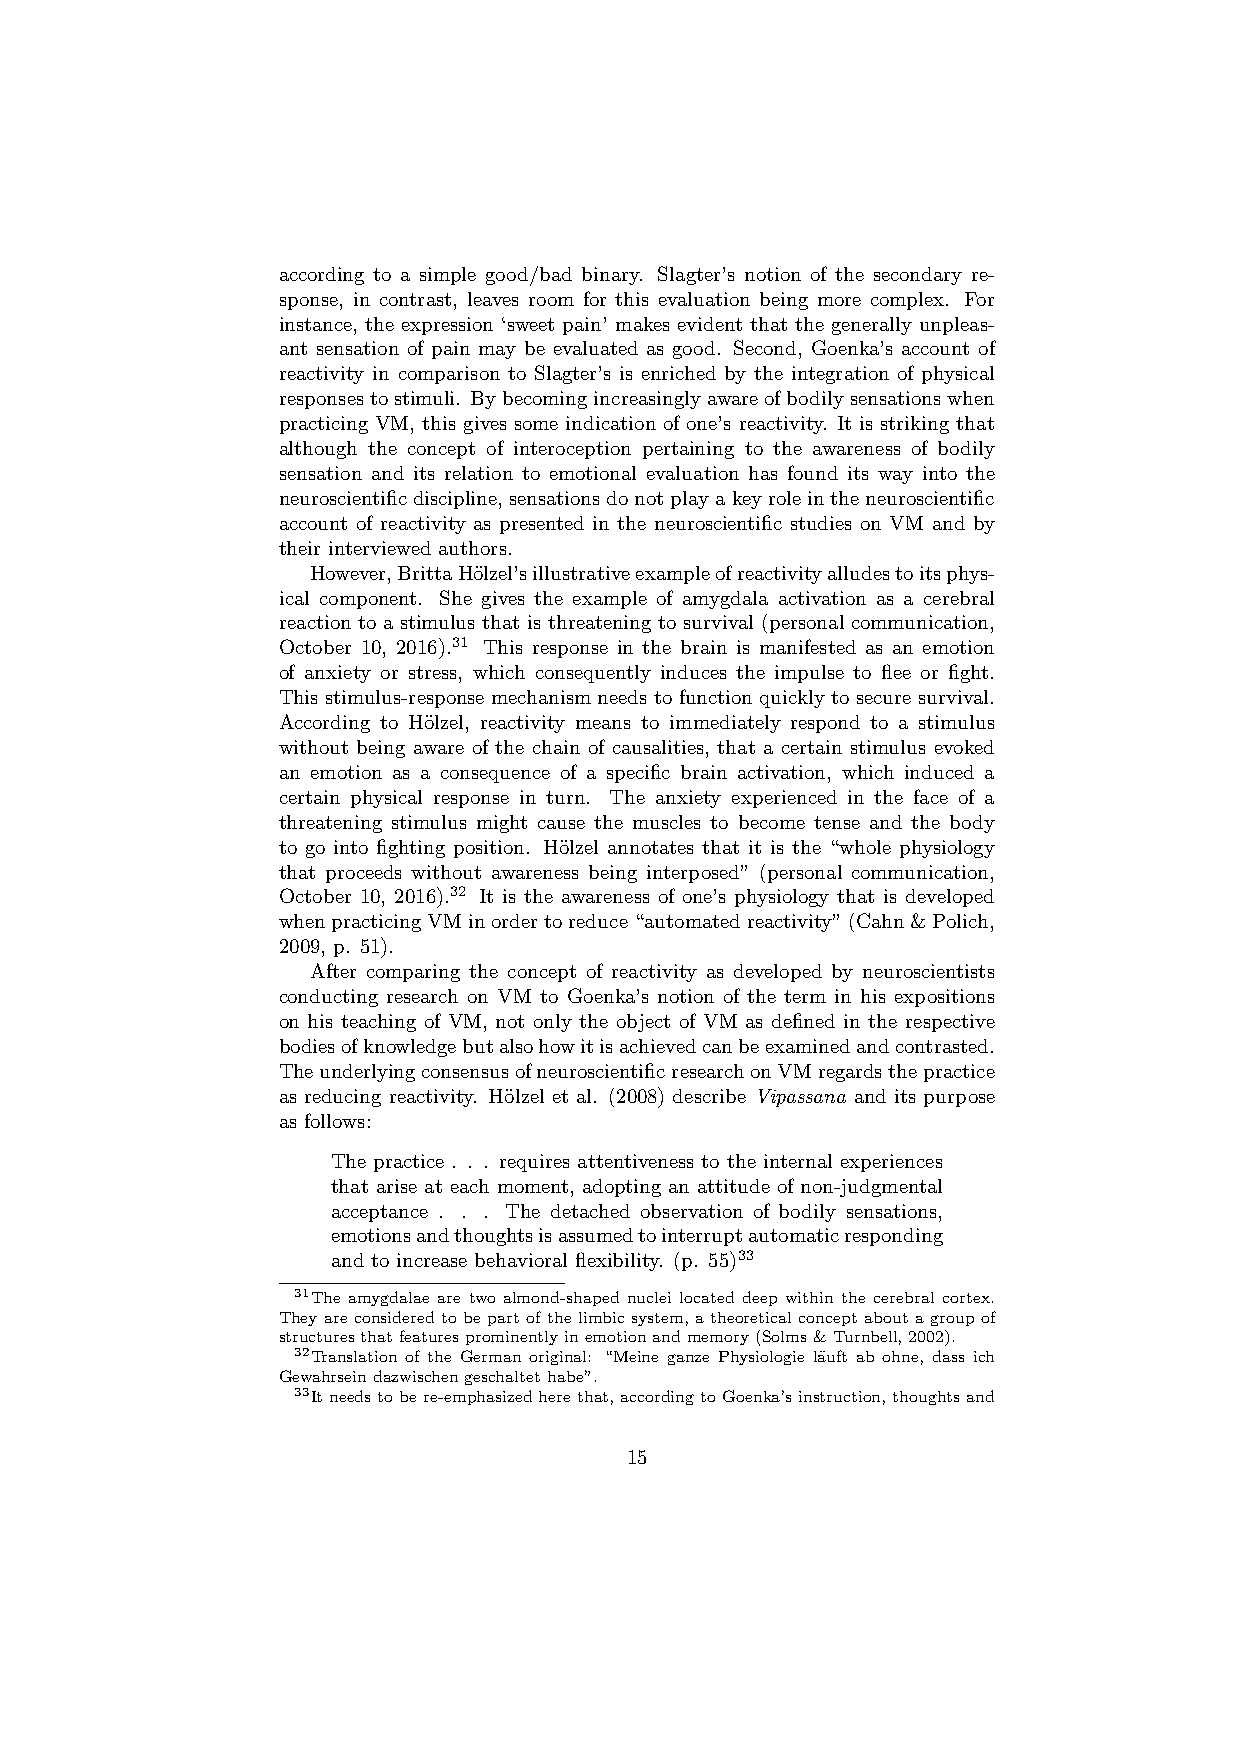
according to a simple good/bad binary. Slagter’s notion of the secondary re-
 sponse, in contrast, leaves room for this evaluation being more complex. For
 instance, the expression ‘sweet pain’ makes evident that the generally unpleas-
 ant sensation of pain may be evaluated as good. Second, Goenka’s account of
 reactivity in comparison to Slagter’s is enriched by the integration of physical
 responsestostimuli. Bybecomingincreasinglyawareofbodilysensationswhen
 practicing VM, this gives some indication of one’s reactivity. It is striking that
 although the concept of interoception pertaining to the awareness of bodily
 sensation and its relation to emotional evaluation has found its way into the
 neuroscientificdiscipline,sensationsdonotplayakeyroleintheneuroscientific
 account of reactivity as presented in the neuroscientific studies on VM and by
 their interviewed authors.
 However,BrittaH¨olzel’sillustrativeexampleofreactivityalludestoitsphys-
 ical component. She gives the example of amygdala activation as a cerebral
 reaction to a stimulus that is threatening to survival (personal communication,
 October 10, 2016).31 This response in the brain is manifested as an emotion
 of anxiety or stress, which consequently induces the impulse to flee or fight.
 This stimulus-response mechanism needs to function quickly to secure survival.
 According to H¨olzel, reactivity means to immediately respond to a stimulus
 without being aware of the chain of causalities, that a certain stimulus evoked
 an emotion as a consequence of a specific brain activation, which induced a
 certain physical response in turn. The anxiety experienced in the face of a
 threatening stimulus might cause the muscles to become tense and the body
 to go into fighting position. H¨olzel annotates that it is the “whole physiology
 that proceeds without awareness being interposed” (personal communication,
 October 10, 2016).32 It is the awareness of one’s physiology that is developed
 whenpracticingVMinordertoreduce“automatedreactivity”(Cahn&Polich,
 2009, p. 51).
 After comparing the concept of reactivity as developed by neuroscientists
 conducting research on VM to Goenka’s notion of the term in his expositions
 on his teaching of VM, not only the object of VM as defined in the respective
 bodiesofknowledgebutalsohowitisachievedcanbeexaminedandcontrasted.
 TheunderlyingconsensusofneuroscientificresearchonVMregardsthepractice
 as reducing reactivity. H¨olzel et al. (2008) describe Vipassana and its purpose
 as follows:
 The practice . . . requires attentiveness to the internal experiences
 that arise at each moment, adopting an attitude of non-judgmental
 acceptance . . . The detached observation of bodily sensations,
 emotionsandthoughtsisassumedtointerruptautomaticresponding
 and to increase behavioral flexibility. (p. 55)33
 31The amygdalae are two almond-shaped nuclei located deep within the cerebral cortex.
 They are considered to be part of the limbic system, a theoretical concept about a group of
 structuresthatfeaturesprominentlyinemotionandmemory(Solms&Turnbell,2002).
 32Translation of the German original: “Meine ganze Physiologie l¨auft ab ohne, dass ich
 Gewahrseindazwischengeschaltethabe”.
 33Itneedstobere-emphasizedherethat,accordingtoGoenka’sinstruction,thoughtsand
 15